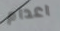
اعدام